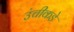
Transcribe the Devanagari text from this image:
उंचीकडे